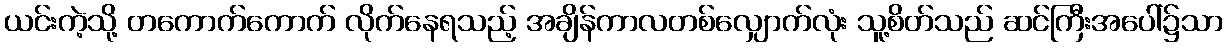
ယင်းကဲ့သို့ တကောက်ကောက် လိုက်နေရသည့် အချိန်ကာလတစ်လျှောက်လုံး သူ့စိတ်သည် ဆင်ကြီးအပေါ်၌သာ